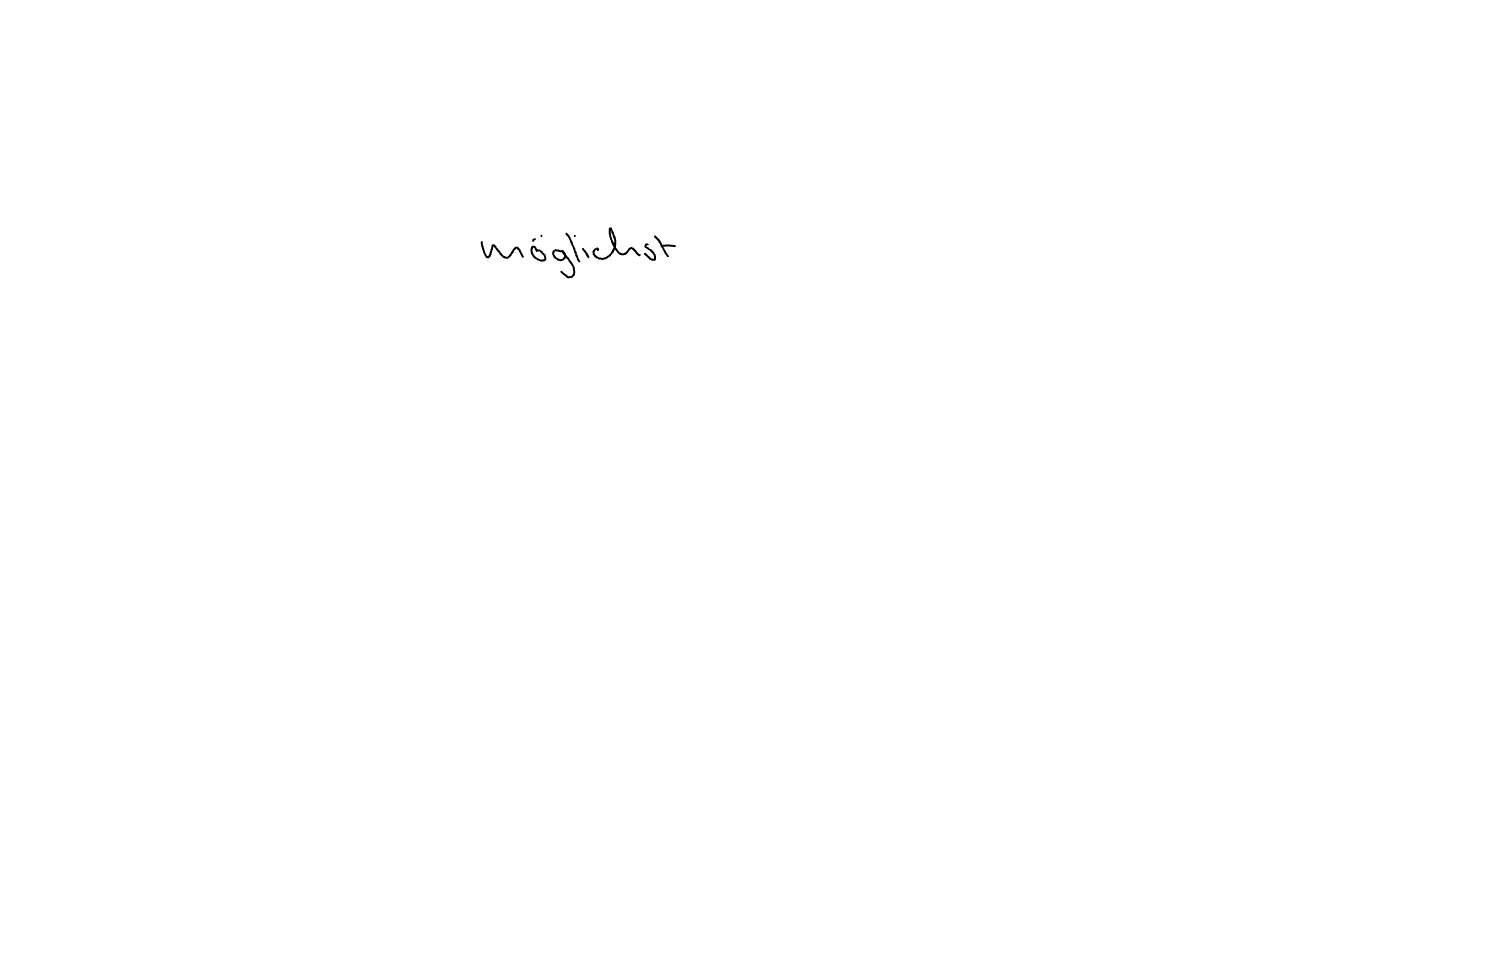
Text: möglichst